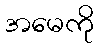
အမေကို